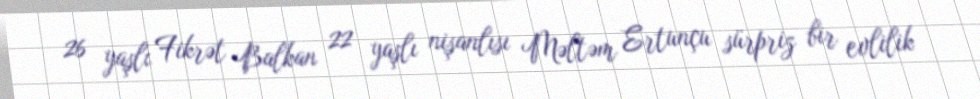
26 yaşlı Fikrət Balkan 22 yaşlı nişanlısı Məltəm Ertunçu sürpriz bir evlilik